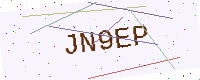
Text: JN9EP